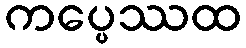
ကပ္ပေဿထ